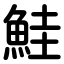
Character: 鮭